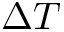
\Delta T